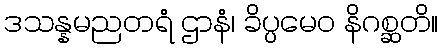
ဒသန္နမညတရံ ဌာနံ၊ ခိပ္ပမေဝ နိဂစ္ဆတိ။